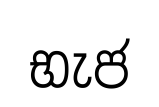
භැජ